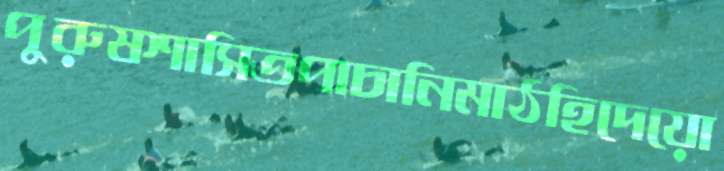
পুরুষশাসিতপাচানিমাঠহিদেয়ো